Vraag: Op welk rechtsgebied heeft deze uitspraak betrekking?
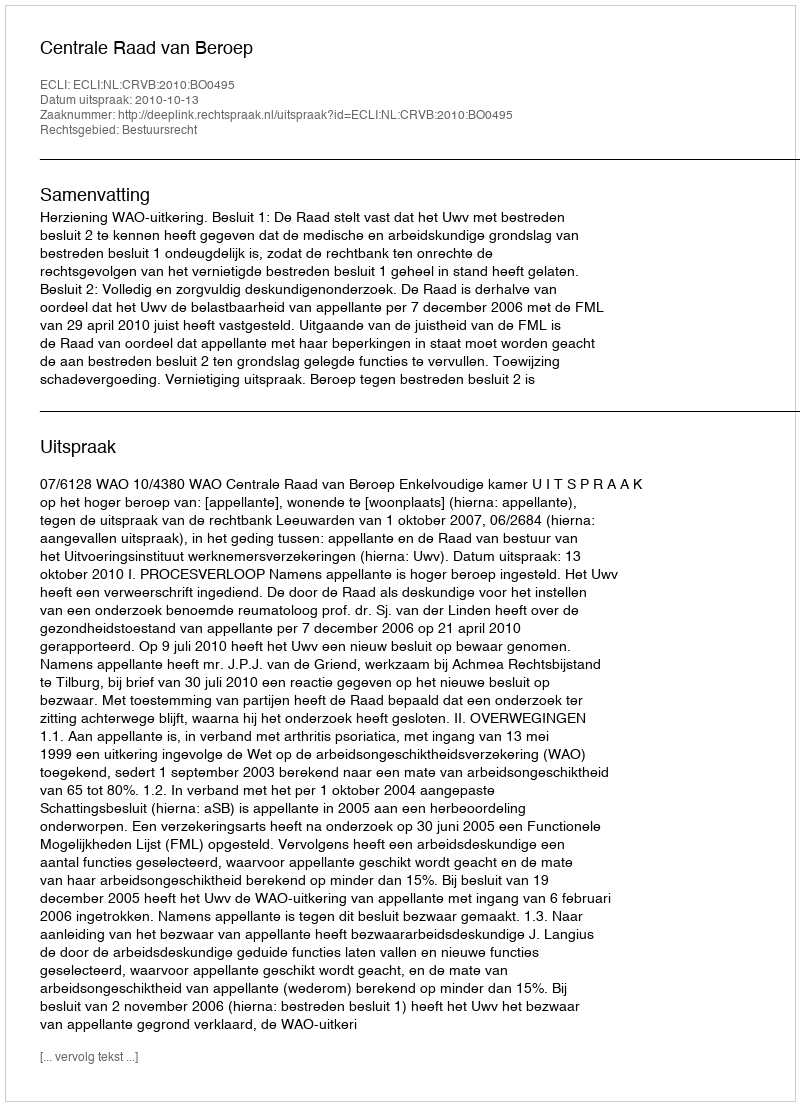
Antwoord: Bestuursrecht